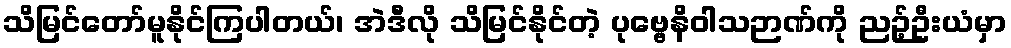
သိမြင်တော်မူနိုင်ကြပါတယ်၊ အဲဒီလို သိမြင်နိုင်တဲ့ ပုဗ္ဗေနိဝါသဉာဏ်ကို ညဉ့်ဦးယံမှာ